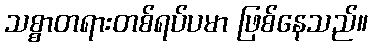
သစ္စာတရားတစ်ရပ်ပမာ ဖြစ်နေသည်။